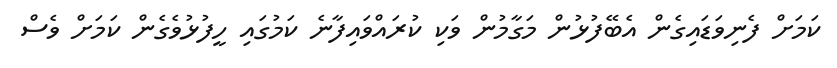
ކަމަށް ފެނިވަޑައިގެން އެބޭފުޅުން މަގާމުން ވަކި ކުރައްވައިފާނެ ކަމުގައި ހީފުޅުވެގެން ކަމަށް ވެސް